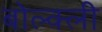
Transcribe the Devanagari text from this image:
बोल्क्ली